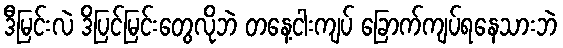
ဒီမြင်းလဲ ဒိပြင်မြင်းတွေလိုဘဲ တနေ့ငါးကျပ် ခြောက်ကျပ်ရနေသားဘဲ